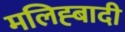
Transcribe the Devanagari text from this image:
मलिह्बादी